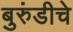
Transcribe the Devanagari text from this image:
बुरुंडीचे